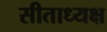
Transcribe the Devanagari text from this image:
सीताध्यक्ष